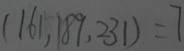
( 1 6 1 , 1 8 9 , 2 3 1 ) = 7